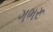
ગભરૂ